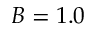
B = 1 . 0